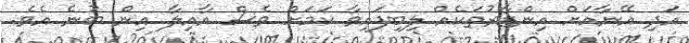
އަދި އޭނާއަށް އިންޒާރުތަކެއް ލިބިފައިވާ ކަމަށް ވެސް އާއިލާ އިން ބުނެ އެވެ.